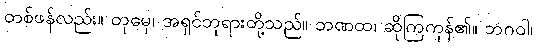
တစ်ဖန်လည်း။ တုမှေ၊ အရှင်ဘုရားတို့သည်။ ဘဏထ၊ ဆိုကြကုန်၏။ ဘဂဝါ၊